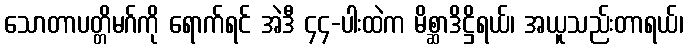
သောတာပတ္တိမဂ်ကို ရောက်ရင် အဲဒီ ၄၄-ပါးထဲက မိစ္ဆာဒိဋ္ဌိရယ်၊ အယူသည်းတာရယ်၊